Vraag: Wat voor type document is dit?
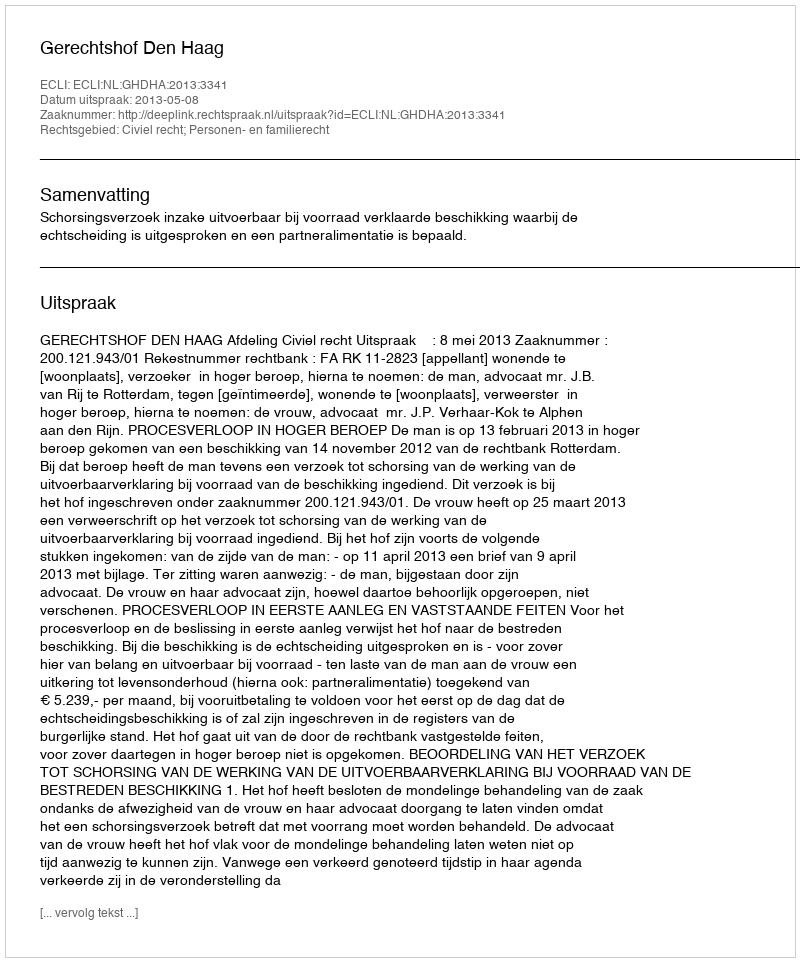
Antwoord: Uitspraak